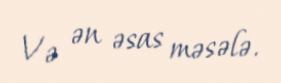
Və ən əsas məsələ.